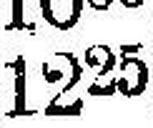
1225